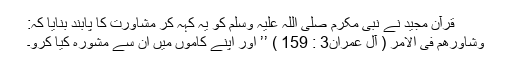
قرآن مجید نے نبی مکرم صلی اللہ علیہ وسلم کو یہ کہہ کر مشاورت کا پابند بنایا کہ:
وشاورھم فی الامر ( آل عمران3 : 159 ) ’’ اور اپنے کاموں میں ان سے مشورہ کیا کرو۔